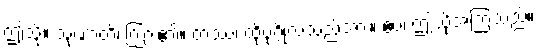
ဤသို့။ သုဏာတိ၊ ကြား၏။ တဿ၊ ထိုပုဂ္ဂိုလ်သည်အား။ ဧဝံ၊ ဤသို့အကြံသည်။